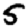
Digit: 5